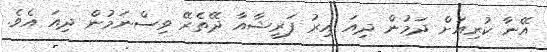
އޭނާ ކުރިއަށް ދަމުން ދިއަ އިރު ފަރީޝާއާ ދޭތެރޭ ވިސްނަމުން ދިއަ އެވެ.